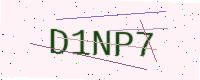
Text: D1NP7